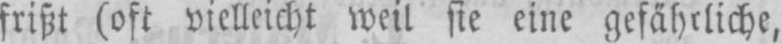
frißt (oft vielleicht weil sie eine gefährliche,